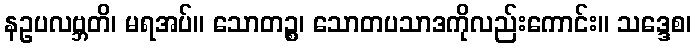
နဥပလဗ္ဘတိ၊ မရအပ်။ သောတဉ္စ၊ သောတပသာဒကိုလည်းကောင်း။ သဒ္ဒေစ၊